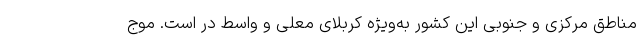
مناطق مرکزی و جنوبی این کشور به‌ویژه کربلای معلی و واسط در است. موج